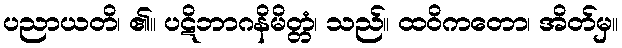
ပညာယတိ၊ ၏။ ပဋိဘာဂနိမိတ္တံ၊ သည်။ ထဝိကတော၊ အိတ်မှ။